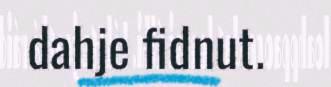
dahje fidnut.